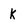
Character: k